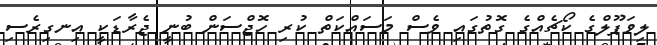
ލިވަޕޫލްގެ ކޯޗެއްގެ ގޮތުގައި ވެސް މަސައްކަތް ކުރި ހޮޖްސަން ބުނީ ޖެރާޑަކީ އިނގިރެސި